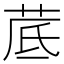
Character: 𦰘